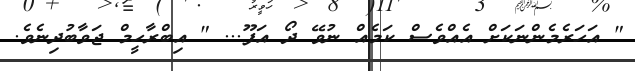
" އަހަރެމެންނަކަށް އެއްވެސް ކަމެއް ނުވޭ ދޯ އަފޫ... " އިބްރާހީމް ޖަވާބުދިނެވެ.